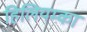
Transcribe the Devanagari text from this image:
हिलियम्का